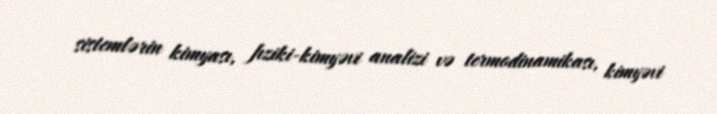
sistemlərin kimyası, fıziki-kimyəvi analizi və termodinamikası, kimyəvi